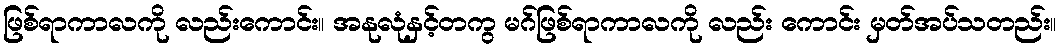
ဖြစ်ရာကာလကို လည်းကောင်း။ အနုလုံနှင့်တကွ မဂ်ဖြစ်ရာကာလကို လည်း ကောင်း မှတ်အပ်သတည်း။